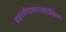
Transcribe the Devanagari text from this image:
हाइपरपैराथायराइरॉडिज्म